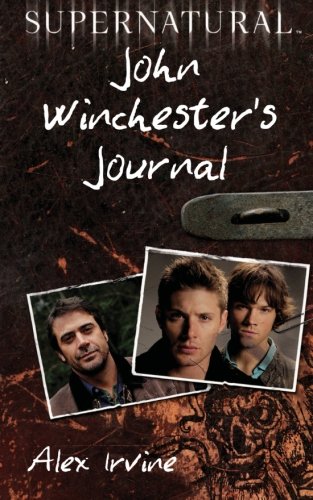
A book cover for Supernatural: John Winchester's Journal; Alex Irvine; Literature & Fiction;